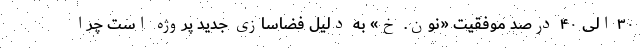
۳۰ الی ۴۰ درصد موفقیت «نون. خ» به دلیل فضاسازی جدید پروژه است چرا